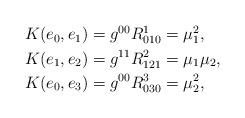
LaTeX: \begin{align*}\begin{aligned}K(e_0,e_1)&=g^{00}R^1_{010}=\mu_1^2,\\K(e_1,e_2)&=g^{11}R^2_{121}=\mu_1\mu_2,\\K(e_0,e_3)&=g^{00}R^3_{030}=\mu_2^2,\end{aligned}\end{align*}